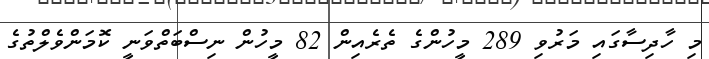
މި ހާދިސާގައި މަރުވި 289 މީހުންގެ ތެރެއިން 82 މީހުން ނިސްބަތްވަނީ ކޮމަންވެލްތުގެ